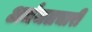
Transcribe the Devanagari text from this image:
अर्धजलचारी